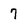
Character: 7